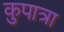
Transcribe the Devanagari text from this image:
कुपात्रा